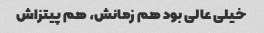
خیلی عالی بود هم زمانش، هم پیتزاش